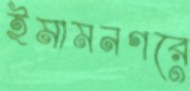
ইমামনগরে